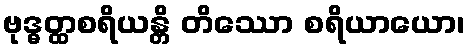
ဗုဒ္ဓတ္ထစရိယန္တိ တိဿော စရိယာယော၊